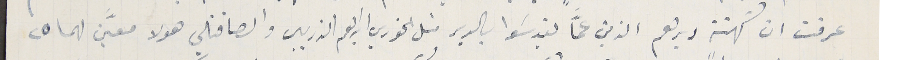
عرفت ان كهنة ديرهم الذين عمّا يقدسَوا بالدير متل الخوري ابراهيم الذريبى والصافتلي هولا معيَّن لهما ٢٥